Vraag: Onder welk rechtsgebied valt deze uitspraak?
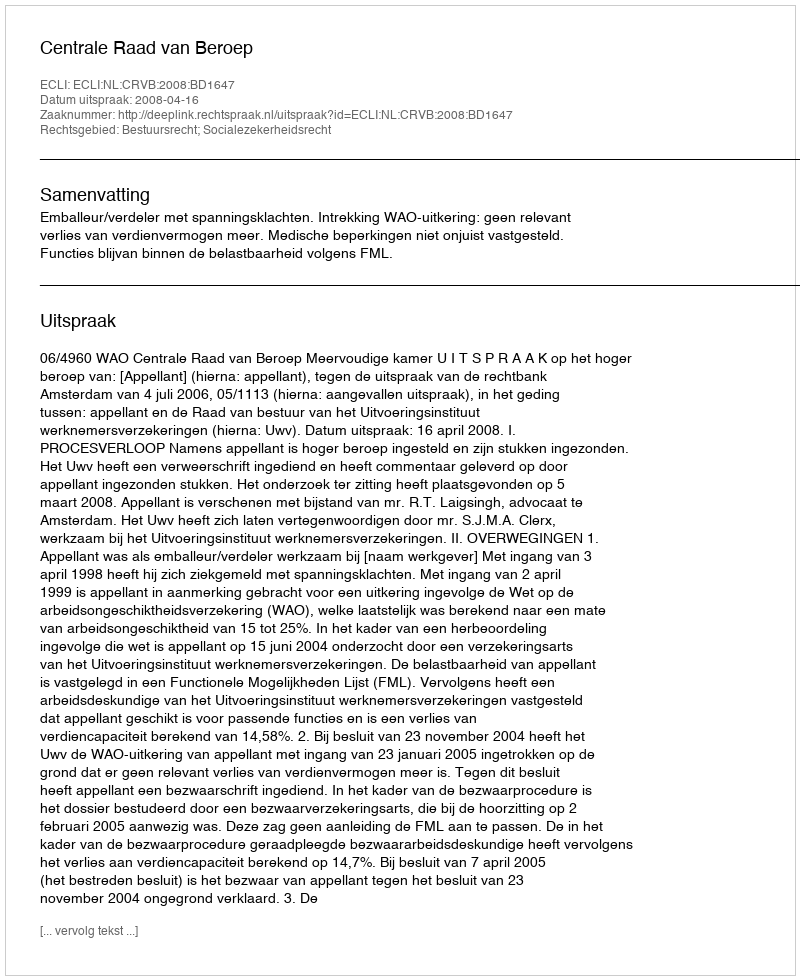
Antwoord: Bestuursrecht; Socialezekerheidsrecht